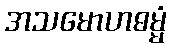
အသမောဟဓမ္မံ